Reports on military cantonments and civil stations in the Presidency of Bombay inspected by the Sanitary Commissioner in the years 1875 and 1876
Year: 1875
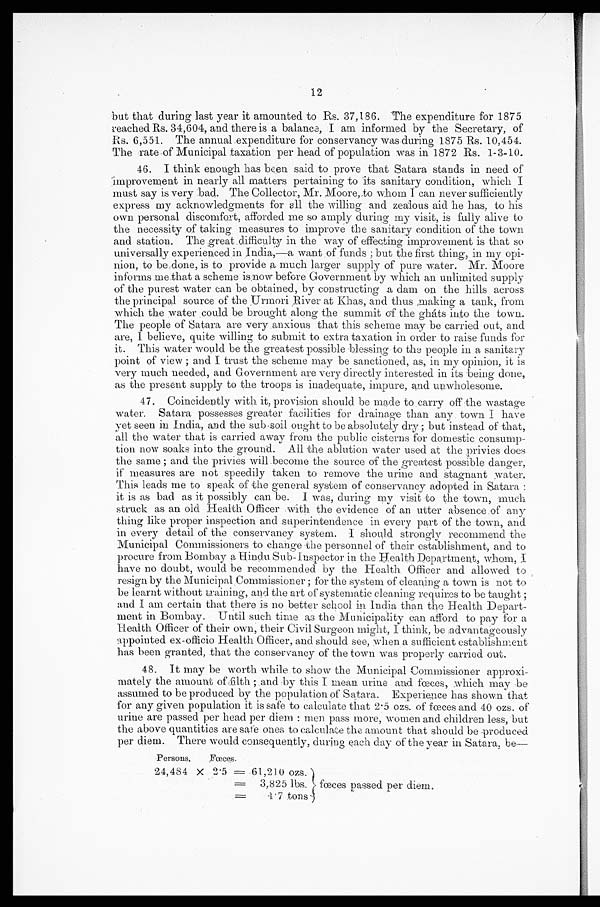
12
but that during last year it amounted to Rs. 37,186. The expenditure for 1875
reached Rs. 34,604, and there is a balance, I am informed by the Secretary, of
Rs. 6,551. The annual expenditure for conservancy was during 1875 Rs. 10,454.
The rate of Municipal taxation per head of population was in 1872 Rs. 1-3-10.
46. I think enough has been said to prove that Satara stands in need of
improvement in nearly all matters pertaining to its sanitary condition, which I
must say is very bad. The Collector, Mr. Moore, to whom I can never sufficiently
express my acknowledgments for all the willing and zealous aid he has, to his
own personal discomfort, afforded me so amply during my visit, is fully alive to
the necessity of taking measures to improve the sanitary condition of the town
and station. The great difficulty in the way of effecting improvement is that so
universally experienced in India,—a want of funds; but the first thing, in my opi
-nion, to be done, is to provide a much larger supply of pure water. Mr. Moore
informs me that a scheme is now before Government by which an unlimited supply
of the purest water can be obtained, by constructing a dam on the hills across
the principal source of the Urmori River at Khas, and thus making a tank, from
which the water could be brought along the summit of the gháts into the town.
The people of Satara are very anxious that this scheme may be carried out, and
are, I believe, quite willing to .submit to extra taxation in order to raise funds for
it. This water would be the greatest possible blessing to the people in a sanitary
point of view; and I trust the scheme may be sanctioned, as, in my opinion, it is
very much needed, and Government are very directly interested in its being done,
as the present supply to the troops is inadequate, impure, and unwholesome.
47. Coincidently with it, provision should be made to carry off the wastage
water. Satara possesses greater facilities for drainage than any town I have
yet seen in India, and the sub-soil ought to be absolutely dry; but instead of that,
all the water that is carried away from the public cisterns for domestic consump
-tion now soaks into the ground. All the ablution water used at the privies does
the same; and the privies will become the source of the greatest possible danger,
if measures are not speedily taken to remove the urine and Stagnant water.
This leads me to speak of the general system of conservancy adopted in Satara:
it is as bad as it possibly can be. I was, during my visit to the town, much
struck as an old Health Officer with the evidence of an utter absence of any
thing like proper inspection and superintendence in every part of the town, and
in every detail of the conservancy system. I should strongly recommend the
Municipal Commissioners to change the personnel of their establishment, and to
procure from Bombay a Hindu Sub-Inspector in the Health Department, whom, I
have no doubt, would be recommended by the Health Officer and allowed to
resign by the Municipal Commissioner; for the system of cleaning a town is not to
be learnt without training, and the art of systematic cleaning requires to be taught ;
and am certain that there is no better school in India than the Health Depart
-ment in Bombay. Until such time as the Municipality can afford to pay for a
Health Officer of their own, their Civil Surgeon might, I think, be advantageously
appointed ex-officio Health Officer, and should see, when a sufficient establishment
has been granted, that the conservancy of the town was properly carried out.
48. It may be worth while to show the Municipal Commissioner approxi
-mately the amount of filth; and by this I mean urine and fœces, which may be
assumed to be produced by the population of Satara. Experience has shown that
for any given population it is safe to calculate that 2.5 ozs. of fœces and 40 ozs. of
urine are passed per head per diem: men pass more, women and children less, but
the above quantities are safe ones to calculate the amount that should be produced
per diem. There would consequently, during each day of the year in Satara, be
—
Persons.
Fœces.
24,484 x
2.5 = 61,210 ozs.
= 3,825 lbs. fœces passed per diem.
=
1.7 tons